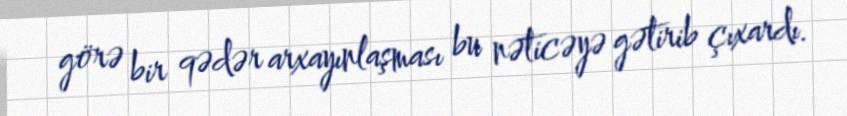
görə bir qədər arxayınlaşması bu nəticəyə gətirib çıxardı.